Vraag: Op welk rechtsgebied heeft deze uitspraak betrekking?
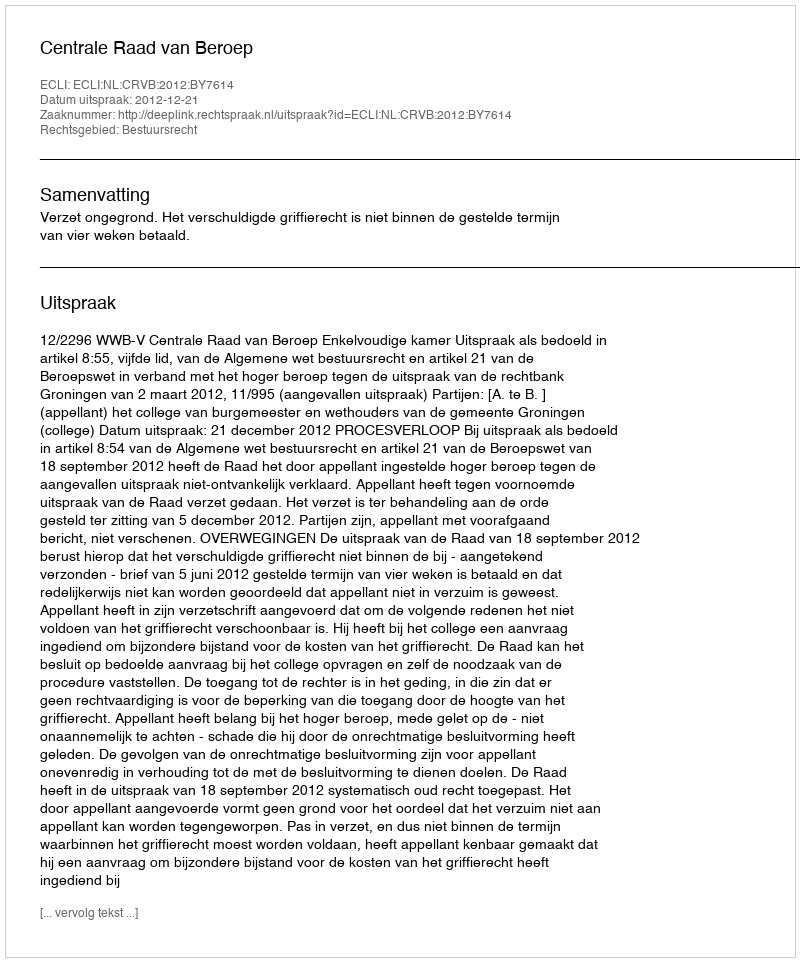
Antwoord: Bestuursrecht